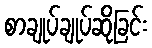
စာချုပ်ချုပ်ဆိုခြင်း